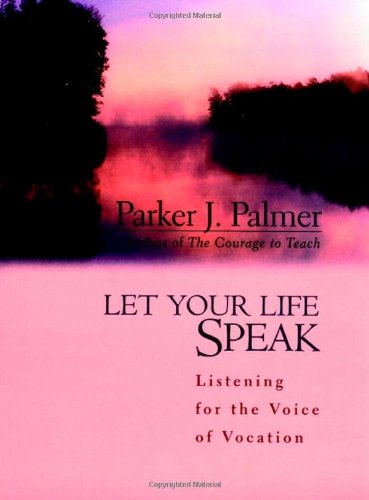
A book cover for Let Your Life Speak: Listening for the Voice of Vocation; Parker J.  Palmer; Business & Money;